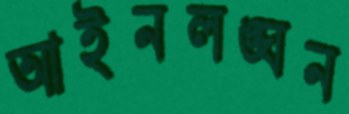
আইনলঙ্ঘন